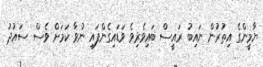
ޔާމީންގެ އިތުރުން ނައިބު ރައީސް ބައިވެރިވެ ވަޑައިގެންފައި ނުވާ ކަމަށް ވެސް ސައުދު